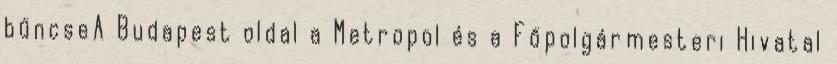
bűncseA Budapest oldal a Metropol és a Főpolgármesteri Hivatal